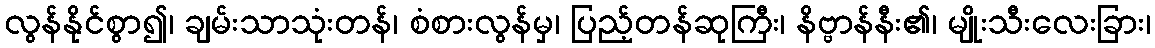
လွန်နိုင်စွာ၍၊ ချမ်းသာသုံးတန်၊ စံစားလွန်မှ၊ ပြည့်တန်ဆုကြီး၊ နိဗ္ဗာန်နီး၏၊ မျိုးသီးလေးခြား၊